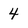
Character: 4